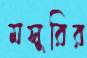
মসুরির